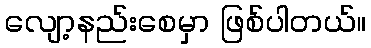
လျော့နည်းစေမှာ ဖြစ်ပါတယ်။